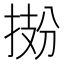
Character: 𫽂